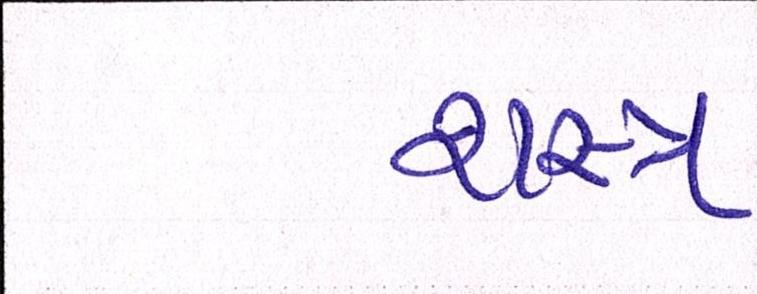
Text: શસ્ત્ર